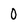
Character: 0